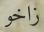
زاخو